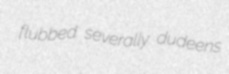
flubbed severally dudeens